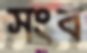
সংব